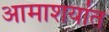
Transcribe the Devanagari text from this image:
आमाशयांत